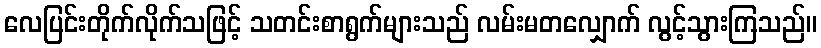
လေပြင်းတိုက်လိုက်သဖြင့် သတင်းစာရွက်များသည် လမ်းမတလျှောက် လွင့်သွားကြသည်။